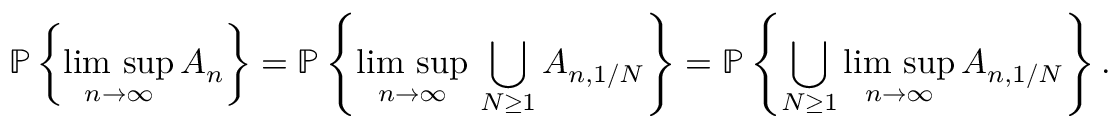
\mathbb { P } \left\{ \underset { n \rightarrow \infty } { \mathrm { \operatorname* { l i m } \, s u p } } \, A _ { n } \right\} = \mathbb { P } \left\{ \underset { n \rightarrow \infty } { \mathrm { \operatorname* { l i m } \, s u p } } \, \bigcup _ { N \geq 1 } A _ { n , 1 / N } \right\} = \mathbb { P } \left\{ \bigcup _ { N \geq 1 } \underset { n \rightarrow \infty } { \mathrm { \operatorname* { l i m } \, s u p } } \, A _ { n , 1 / N } \right\} .